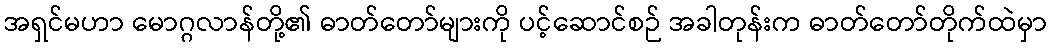
အရှင်မဟာ မောဂ္ဂလာန်တို့၏ ဓာတ်တော်များကို ပင့်ဆောင်စဉ် အခါတုန်းက ဓာတ်တော်တိုက်ထဲမှာ